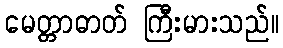
မေတ္တာဓာတ် ကြီးမားသည်။